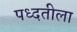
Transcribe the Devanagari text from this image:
पध्दतीला